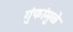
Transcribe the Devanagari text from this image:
गुंफांमुळे